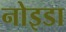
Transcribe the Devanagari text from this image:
नोइडा